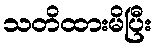
သတိထားမိပြီး